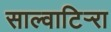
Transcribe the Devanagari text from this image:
साल्वाटिर्‍रा